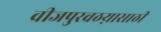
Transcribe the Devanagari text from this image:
वीजपुरवठय़ासाठी